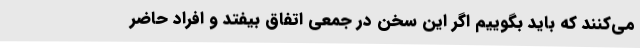
می‌کنند که باید بگوییم اگر این سخن در جمعی اتفاق بیفتد و افراد حاضر